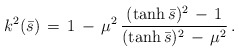
\begin{align*}k^2(\bar s)\,=\,1\,-\,\mu ^2\,\frac{(\tanh \bar s)^2\,-\,1}{(\tanh \bar s)^2\,-\,\mu^2}\,{.}\end{align*}